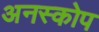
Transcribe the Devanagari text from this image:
अनस्कोप